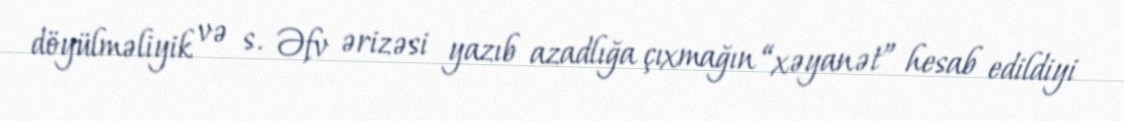
döyülməliyik və s. Əfv ərizəsi yazıb azadlığa çıxmağın “xəyanət” hesab edildiyi